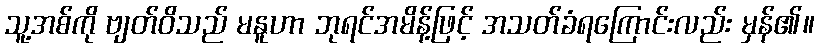
သူ့အစ်ကို ဗျတ်ဝိသည် မနူဟာ ဘုရင်အမိန့်ဖြင့် အသတ်ခံရကြောင်းလည်း မှန်၏။